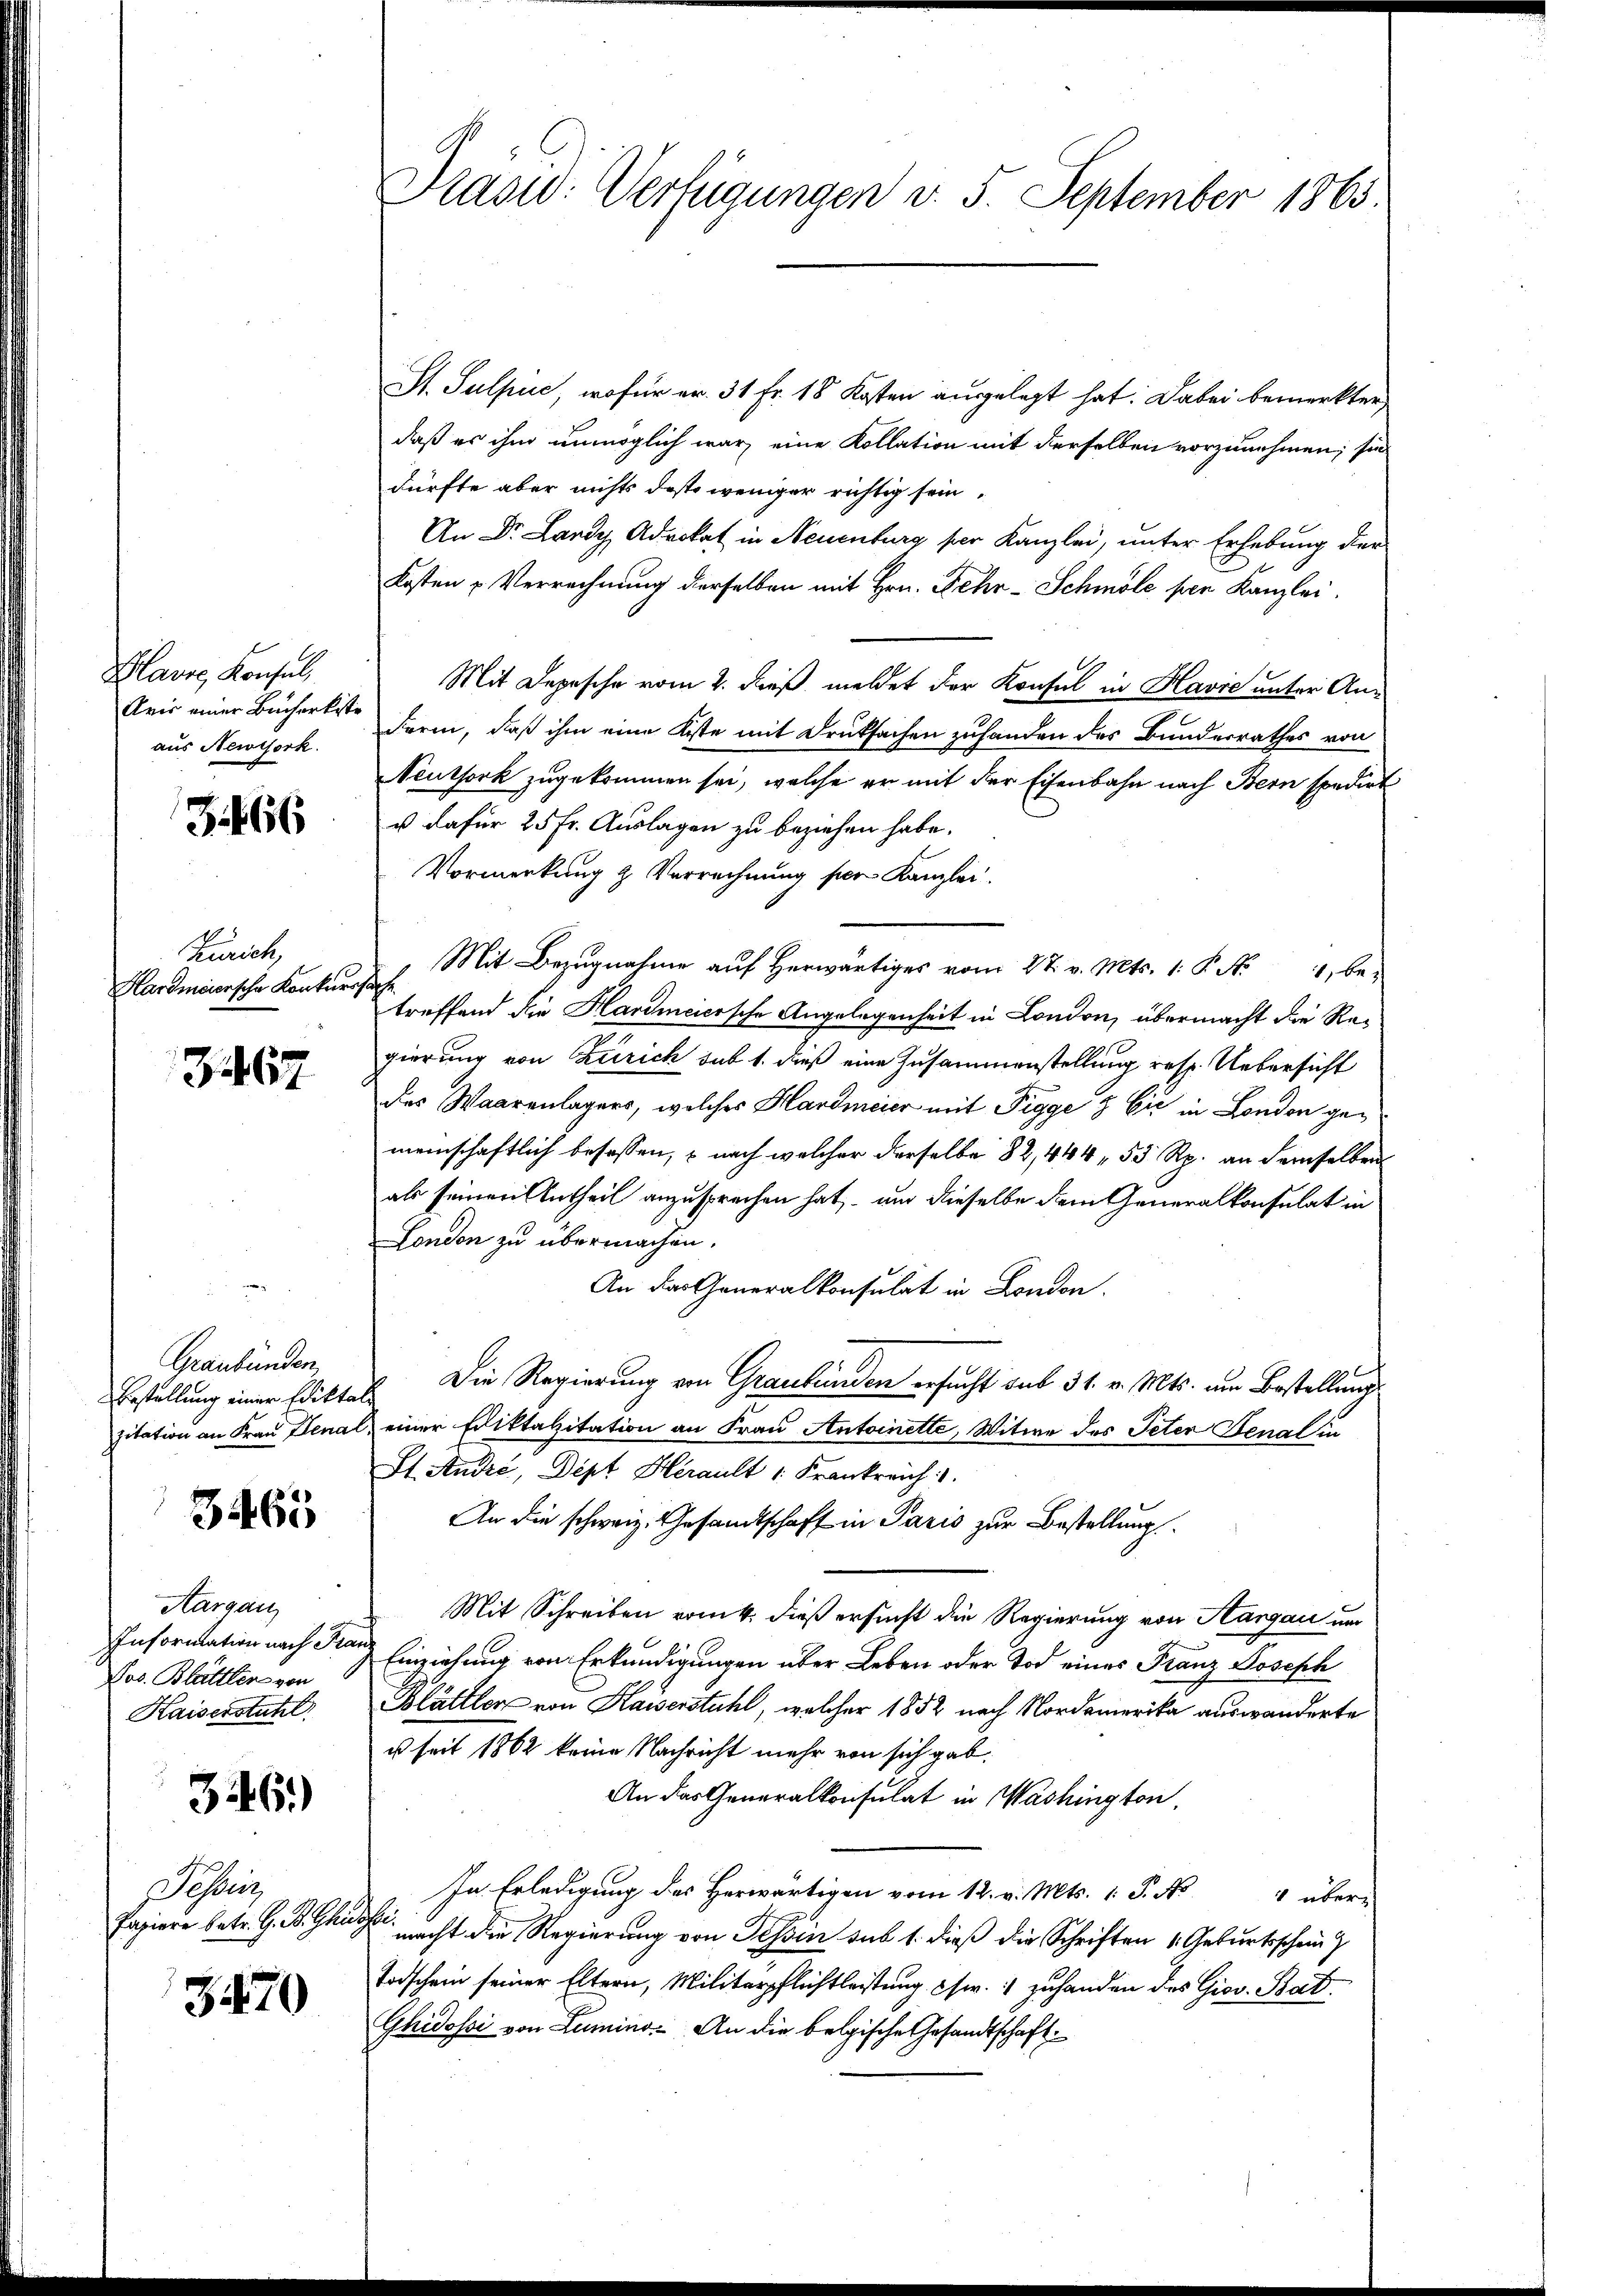
Blavre, Konsul,
Aris einer Bucherkiste
aus Newiserk

3466

Zürich,
Hardmeiersche Konkurs

Z. 167

Graubünden,

3465

Aargau
Information nach Fran
Jos. Blättler von
Kaiserstuhl

3446.)

Tessin,
Papiere betr. G. B. Ghür

3470

Präsid. Verfügungen v. 5. September 1863.

S. Sulpuc, wofür er. 31 Fr. 18 Kosten ausgelegt hat. Dabei bemerkter
daß er ihm unmöglich war, eine Kollation mit derselben vorzunehmen; sie
dürfte aber nichts das weniger richtig sein.
An Dr. Lardy Advokat in Neuenburg per Kanzlei, unter Erhebung der
Kosten „Verrechnung derselben mit Hrn. Fehr-Schmöle per Kanzlei.
Mit Depesche vom 2. dieß, meldet der Konsul in Havre unter An¬
Form, daß ihm eine Kiste mit Drucksachen zuhanden des Bunderrathes von
Neuthork zugekommen sei, welche er mit der Eisenbahn nach Bern spedirt
u dafür 25 Fr. Auslagen zu beziehen habe.
Vormerkung & Verrechnung der Kanzlei.
Mit Bezugnahme auf Herwärtiges vom 27. v. Mts. 1. P. N. 1, ber
treffend die Hardmeiersche Angelegenheit in London, übermacht die Regierung von Zürich sub 1. dieß eine Zusammenstellung resp. Uebersicht
des Waarenlagers, welches Hardmeier mit Pigge & Cie in London gemeinschaftlich besassen, – nach welcher derselbe 82, 444, 53 Rp. an demselben
als seinen Antheil anzusprechen hat, – um dieselbe dem Generalkonsulat in
London zu übermachen.
An das Generalkonsulat in London.
Bestellung einer Ediktes. Die Regierung von Graubünden ersucht sub 31. v. Mts. um Bestellung
zitation an Frau Genal, einer Ediktalzitation an Frau Antoinette, Witwe des Peten Genal in
St. André, Dipt Herault 1. Frankreich 1.
An die schweiz. Gesandtschaft in Paris zur Bestellung
Mit Schreiben vom 4. dieß ersucht die Regierung von Aargau um
Einziehung von Erkundigungen über Leben oder Tod eines Franz Joseph
Blättler von Kaiserstuhl, welcher 1852 nach Nordamerika auswanderte
us seit 1862 keine Nachricht mehr von sich gab.
An das Generalkonsulat in Washington,
In Erledigung des Herwärtigen vom 12. v. Mts. 1. P. No 4 über-
He
macht die Regierung von Tessin sub 1. dieß die Schriften 1. Geburtsschein
Todschein seiner Eltern, Militärpflichtleistung usw. 1 zuhanden des Giov. Bat
Ghidossi von Lumino. An die belgische Gesandtschaft